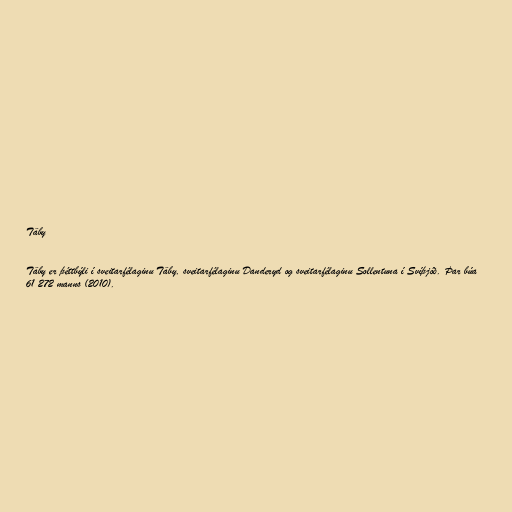
Täby

Täby er þéttbýli í sveitarfélaginu Täby, sveitarfélaginu Danderyd og sveitarfélaginu Sollentuna í Svíþjóð. Þar búa
61 272 manns (2010).